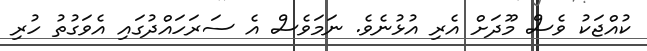
ކުއްޖަކު ވެސް މޫދަށް އެރި އުޅުނެވެ. ނަމަވެސް އެ ސަރަހައްދުގައި އެވަގުތު ހުރި